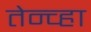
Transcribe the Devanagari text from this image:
तेन्व्हा